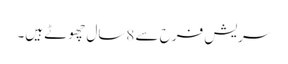
سریش فرح سے 8سال چھوٹے ہیں۔